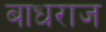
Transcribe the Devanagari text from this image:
बाधराज